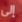
إلى